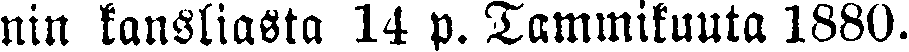
nin kansliasta 14 p. Tammikuuta 1880.